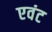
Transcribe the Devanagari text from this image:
एवंट